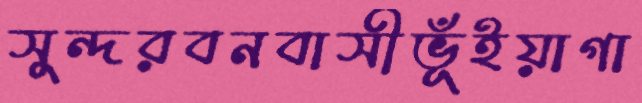
সুন্দরবনবাসীভূঁইয়াগা